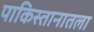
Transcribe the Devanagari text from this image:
पाकिस्तानातला